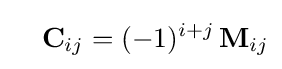
\quad \mathbf {C} _{ij}=(-1)^{i+j}\,\mathbf {M} _{ij}